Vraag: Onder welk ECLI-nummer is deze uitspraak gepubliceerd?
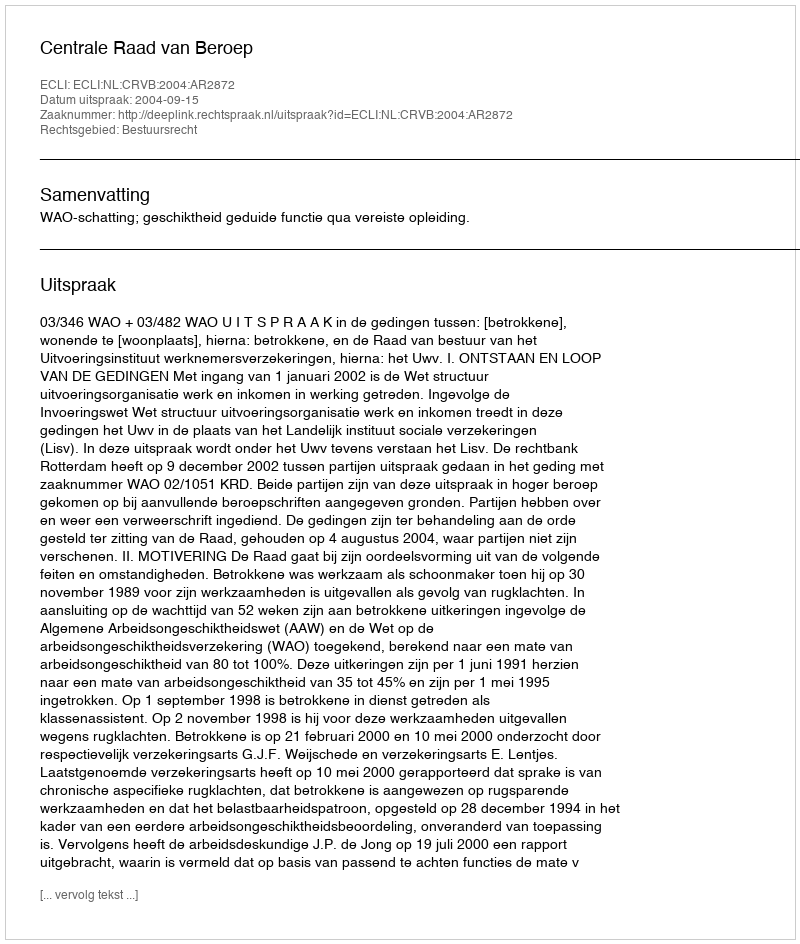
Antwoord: ECLI:NL:CRVB:2004:AR2872